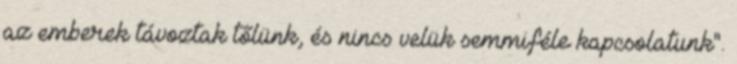
az emberek távoztak tőlünk, és nincs velük semmiféle kapcsolatunk".